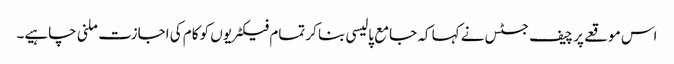
اس موقعے پر چیف جسٹس نے کہا کہ جامع پالیسی بنا کر تمام فیکٹریوں کو کام کی اجازت ملنی چاہیے۔